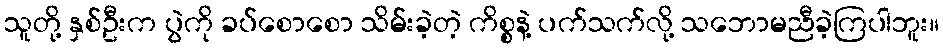
သူတို့ နှစ်ဦးက ပွဲကို ခပ်စောစော သိမ်းခဲ့တဲ့ ကိစ္စနဲ့ ပက်သက်လို့ သဘောမညီခဲ့ကြပါဘူး။